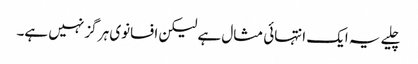
چلیے یہ ایک انتہائی مثال ہے لیکن افسانوی ہر گز نہیں ہے۔